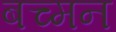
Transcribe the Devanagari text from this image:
बच्मन